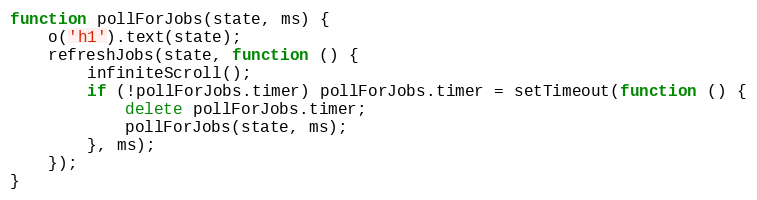
Language: JavaScript
function pollForJobs(state, ms) {
    o('h1').text(state);
    refreshJobs(state, function () {
        infiniteScroll();
        if (!pollForJobs.timer) pollForJobs.timer = setTimeout(function () {
            delete pollForJobs.timer;
            pollForJobs(state, ms);
        }, ms);
    });
}